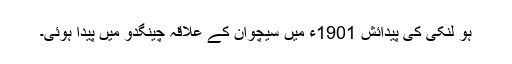
ہو لنکی کی پیدائش 1901ء میں سیچوان کے علاقہ چینگدو میں پیدا ہوئی۔